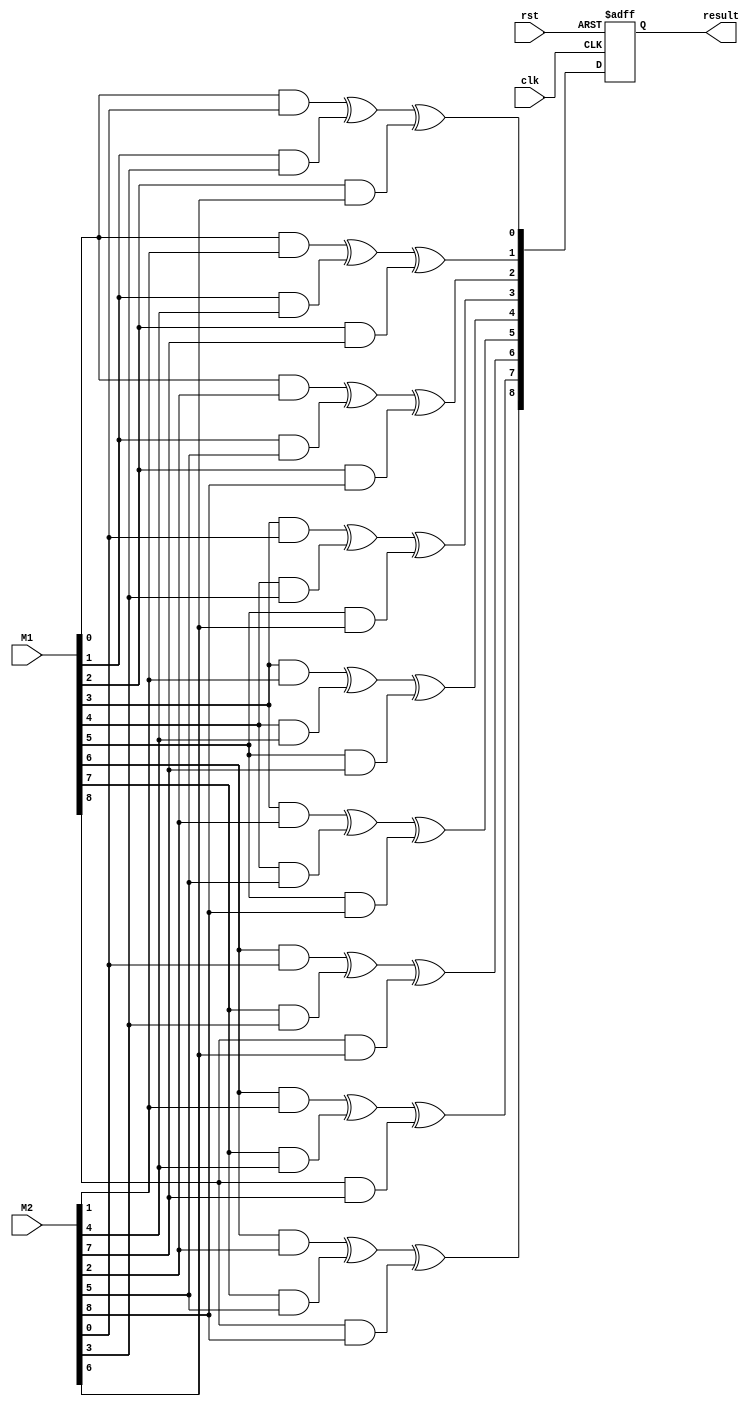
//N: Number of rows in matrix1 and result matrix. 4
//M: Number of columns in matrix1 and rows in matrix2. 2
//P: Number of columns in matrix2 and result matrix. 1
module matrix_mult #(parameter N=3, parameter M=3, parameter P=3)(
    input clk,       // Clock input
    input rst,       // Reset input
    input [N*M-1:0] M1, // Input matrix 1 (single dimension)
    input [M*P-1:0] M2, // Input matrix 2 (single dimension)
    output reg [N*P-1:0] result // Result matrix (single dimension)
);

integer i, j, k;

always @(posedge clk or posedge rst) begin
    if (rst) begin
        // Reset the result matrix
        result <= 0;
    end else begin
        // Iterate through each element of the result matrix
        for (i = 0; i < N; i = i + 1) begin
            for (j = 0; j < P; j = j + 1) begin
                // Initialize result element to 0
                result[i*P + j] = 0;
                // Compute result element using bitwise XOR and AND operations
                for (k = 0; k < M; k = k + 1) begin
                    result[i*P + j] = result[i*P + j] ^ (M1[i*M + k] & M2[k*P + j]);
                end
            end
        end
    end
end

endmodule